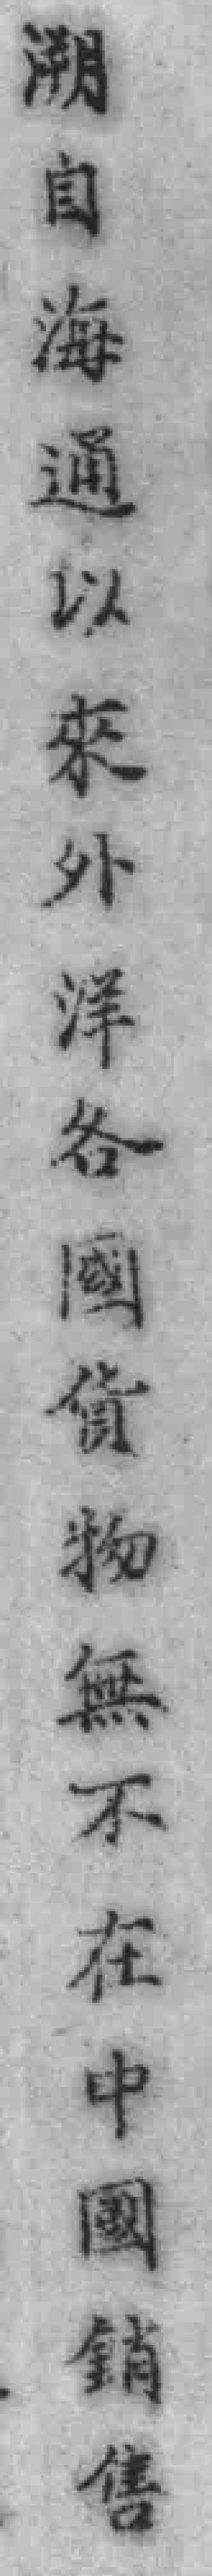
溯自海通以來外洋各国货物無不在中國销售